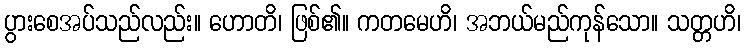
ပွားစေအပ်သည်လည်း။ ဟောတိ၊ ဖြစ်၏။ ကတမေဟိ၊ အဘယ်မည်ကုန်သော။ သတ္တဟိ၊